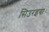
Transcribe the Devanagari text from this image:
सिउरइया